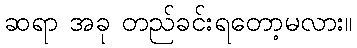
ဆရာ အခု တည်ခင်းရတော့မလား။